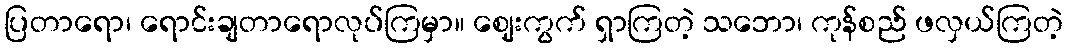
ပြတာရော၊ ရောင်းချတာရောလုပ်ကြမှာ။ ဈေးကွက် ရှာကြတဲ့ သဘော၊ ကုန်စည် ဖလှယ်ကြတဲ့